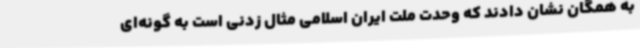
به همگان نشان دادند که وحدت ملت ایران اسلامی مثال زدنی است به گونه‌ای